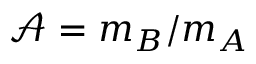
\mathcal { A } = m _ { B } / m _ { A }